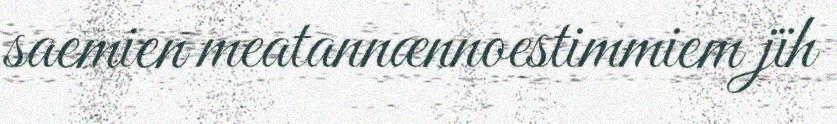
saemien meatannænnoestimmiem jïh